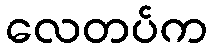
လေတပ်က